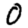
Digit: 0